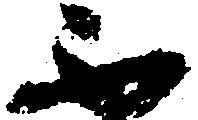
不